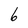
Character: 6